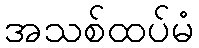
အသစ်ထပ်မံ